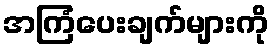
အကြံပေးချက်များကို